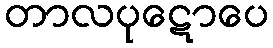
တာလပုဋောပေ